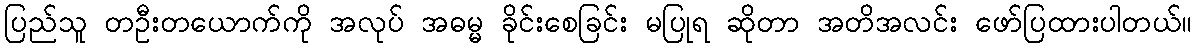
ပြည်သူ တဦးတယောက်ကို အလုပ် အဓမ္မ ခိုင်းစေခြင်း မပြုရ ဆိုတာ အတိအလင်း ဖော်ပြထားပါတယ်။